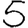
Digit: 5